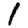
Digit: 1